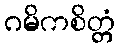
ဂမိကစိတ္တံ